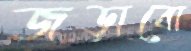
জড়াবো